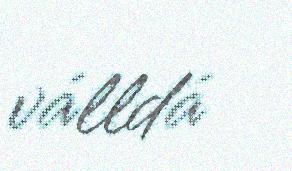
válldá